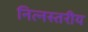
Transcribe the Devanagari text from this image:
नित्नस्तरीय